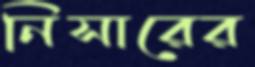
নিসারের